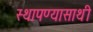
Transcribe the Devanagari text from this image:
स्थापण्यासाथी